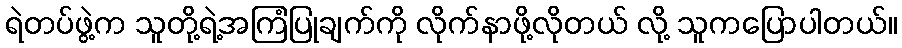
ရဲတပ်ဖွဲ့က သူတို့ရဲ့အကြံပြုချက်ကို လိုက်နာဖို့လိုတယ် လို့ သူကပြောပါတယ်။